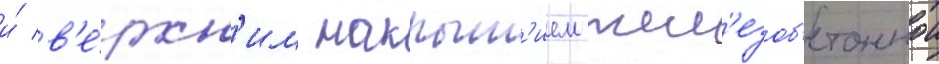
и́ в'е́рхн'им накрыт'ием жел'езоб'етоннои